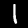
Label: 1